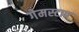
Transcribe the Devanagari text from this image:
गेमस्टाप